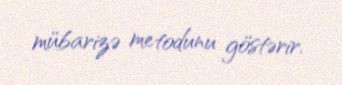
mübarizə metodunu göstərir.